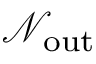
{ \mathcal { N } } _ { \mathrm { o u t } }